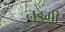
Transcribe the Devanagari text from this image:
नडगी